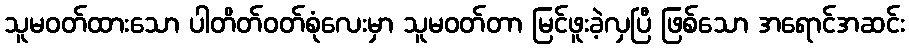
သူမဝတ်ထားသော ပါတိတ်ဝတ်စုံလေးမှာ သူမဝတ်တာ မြင်ဖူးခဲ့လှပြီ ဖြစ်သော အရောင်အဆင်း